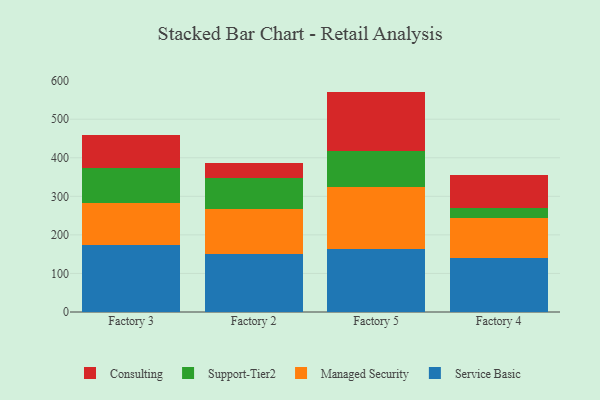
{"axis": {"x": "Factory", "y": "Temperature (°C)"}, "legend": ["Consulting", "Managed Security", "Service Basic", "Support-Tier2"], "data": [{"x": "Factory 3", "y": 172.5, "type": "Service Basic"}, {"x": "Factory 3", "y": 109.8, "type": "Managed Security"}, {"x": "Factory 3", "y": 92.1, "type": "Support-Tier2"}, {"x": "Factory 3", "y": 83.5, "type": "Consulting"}, {"x": "Factory 2", "y": 150.6, "type": "Service Basic"}, {"x": "Factory 2", "y": 116.4, "type": "Managed Security"}, {"x": "Factory 2", "y": 81.0, "type": "Support-Tier2"}, {"x": "Factory 2", "y": 38.6, "type": "Consulting"}, {"x": "Factory 5", "y": 164.2, "type": "Service Basic"}, {"x": "Factory 5", "y": 159.7, "type": "Managed Security"}, {"x": "Factory 5", "y": 93.3, "type": "Support-Tier2"}, {"x": "Factory 5", "y": 154.4, "type": "Consulting"}, {"x": "Factory 4", "y": 140.1, "type": "Service Basic"}, {"x": "Factory 4", "y": 104.3, "type": "Managed Security"}, {"x": "Factory 4", "y": 26.4, "type": "Support-Tier2"}, {"x": "Factory 4", "y": 83.8, "type": "Consulting"}]}